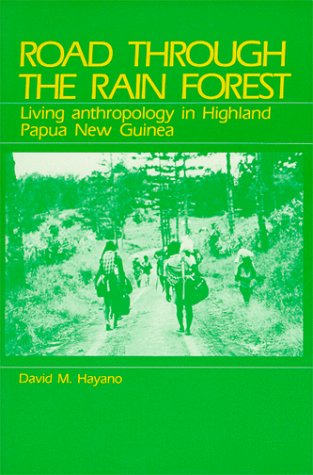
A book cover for Road Through the Rain Forest: Living Anthropology in Highland Papua New Guinea; David M. Hayano; History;